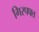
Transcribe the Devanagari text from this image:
गिरपफ्त